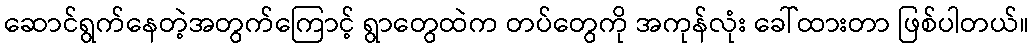
ဆောင်ရွက်နေတဲ့အတွက်ကြောင့် ရွာတွေထဲက တပ်တွေကို အကုန်လုံး ခေါ်ထားတာ ဖြစ်ပါတယ်။